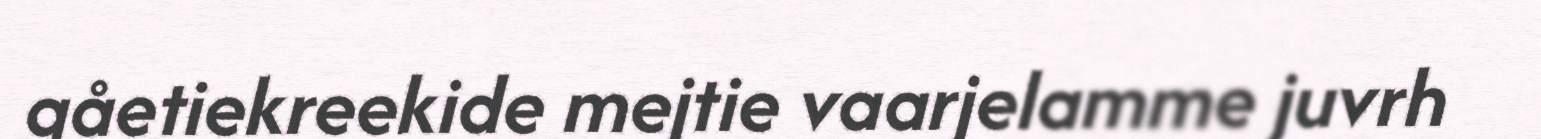
gåetiekreekide mejtie vaarjelamme juvrh